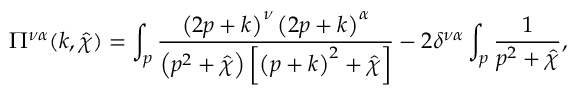
\Pi ^ { \nu \alpha } ( k , \hat { \chi } ) = \int _ { p } \frac { \left( 2 p + k \right) ^ { \nu } \left( 2 p + k \right) ^ { \alpha } } { \left( p ^ { 2 } + \hat { \chi } \right) \left[ \left( p + k \right) ^ { 2 } + \hat { \chi } \right] } - 2 \delta ^ { \nu \alpha } \int _ { p } \frac { 1 } { p ^ { 2 } + \hat { \chi } } ,